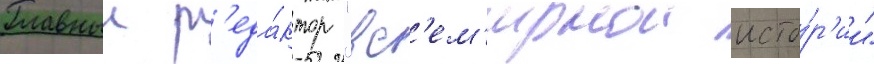
Главныи р'еда́ктор "вс'ем'ирнои исто́р'ии"